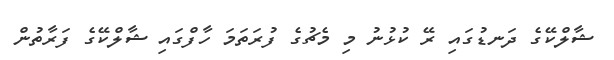
ޝާލްކޭގެ ދަނޑުގައި ރޭ ކުޅުނު މި މެޗުގެ ފުރަތަމަ ހާފްގައި ޝާލްކޭގެ ފަރާތުން